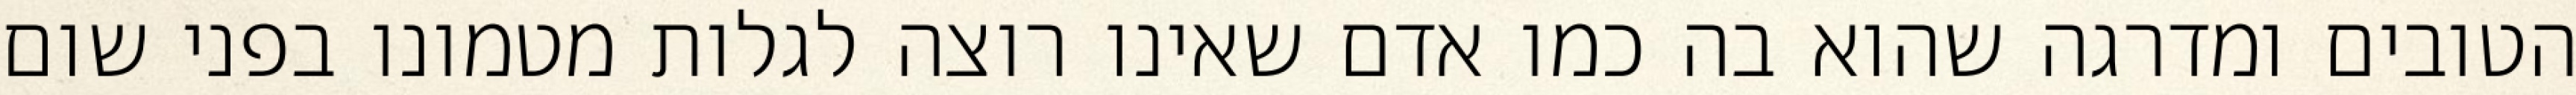
הטובים ומדרגה שהוא בה כמו אדם שאינו רוצה לגלות מטמונו בפני שום